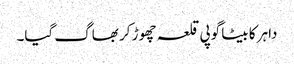
داہر کا بیٹا گوپی قلعہ چھوڑ کر بھاگ گیا۔